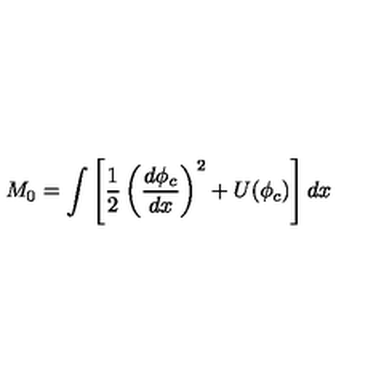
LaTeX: M _ { 0 } = \int \left[ \frac { 1 } { 2 } \left( \frac { d \phi _ { c } } { d x } \right) ^ { 2 } + U ( \phi _ { c } ) \right] d x